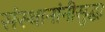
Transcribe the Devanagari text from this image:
संस्थानांनीसुद्धा